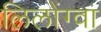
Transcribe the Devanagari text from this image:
लिलोंग्वा